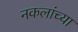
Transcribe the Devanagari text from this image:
नकलांच्या